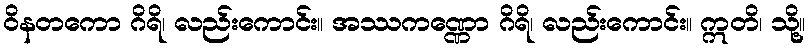
ဝိနတကော ဂိရိ၊ လည်းကောင်း။ အဿကဏ္ဏော ဂိရိ၊ လည်းကောင်း။ ဣတိ၊ သို့။